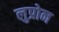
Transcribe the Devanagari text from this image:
लुप्रोन